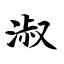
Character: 淑